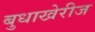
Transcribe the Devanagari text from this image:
बुधाखेरीज